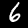
Digit: 6